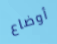
أوضاع